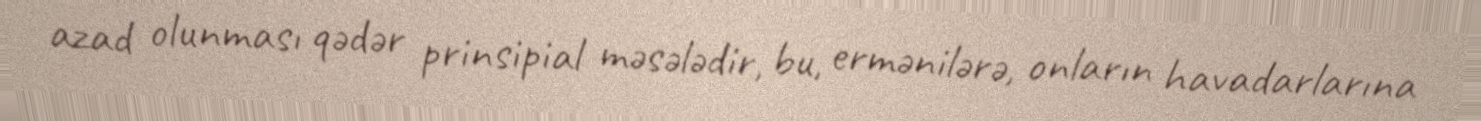
azad olunması qədər prinsipial məsələdir, bu, ermənilərə, onların havadarlarına